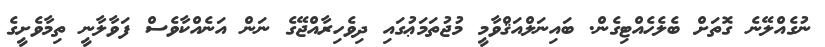
ނުގެއްލޭނެ ގޮތަށް ބެލެހެއްޓިގެން. ބައިނަލްއަޤްވާމީ މުޖުތަމަޢުގައި ދިވެހިރާއްޖޭގެ ނަން އަނެއްކާވެސް ފަވާލާނީ ތިމާވެށީގެ